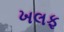
ખલફ